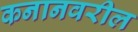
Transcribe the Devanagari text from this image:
कनानवरील